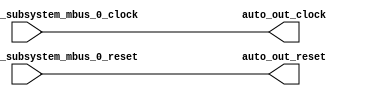
module ClockGroup_4(
  input   auto_in_member_subsystem_mbus_0_clock,
  input   auto_in_member_subsystem_mbus_0_reset,
  output  auto_out_clock,
  output  auto_out_reset
);
  assign auto_out_clock = auto_in_member_subsystem_mbus_0_clock; // @[Nodes.scala 1210:84 LazyModule.scala 309:16]
  assign auto_out_reset = auto_in_member_subsystem_mbus_0_reset; // @[Nodes.scala 1210:84 LazyModule.scala 309:16]
endmodule